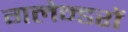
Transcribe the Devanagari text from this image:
गलेन्डरों